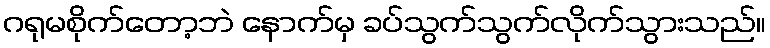
ဂရုမစိုက်တော့ဘဲ နောက်မှ ခပ်သွက်သွက်လိုက်သွားသည်။